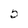
Character: 5